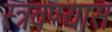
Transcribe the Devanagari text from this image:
स्त्रवण्यास